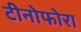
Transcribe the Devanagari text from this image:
टीनोफोरा